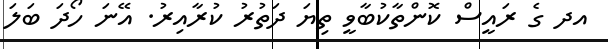
އދ ގެ ރައީސް ކޮންތާކުބާވީ ތިޔަ ދަތުރު ކުރާއިރު. އޭނަ ހޯދަ ބަލަ